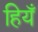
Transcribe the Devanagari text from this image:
हियँ